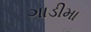
ગાડીમા